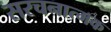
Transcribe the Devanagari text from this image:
सरचनात्मक